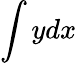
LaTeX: \int ydx